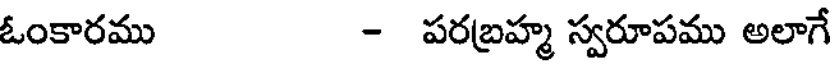
ఓంకారము - పరబ్రహ్మ స్వరూపము అలాగే